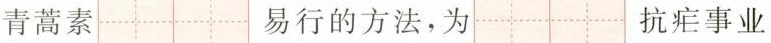
青蒿素 易行的方法，为 抗疟事业